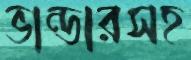
ভান্ডারসহ